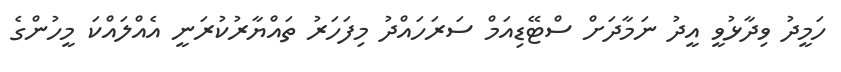
ހަމީދު ވިދާޅުވީ އީދު ނަމާދަށް ސްޓޭޑިއަމް ސަރަހައްދު މިފަހަރު ތައްޔާރުކުރަނީ އެއްލައްކަ މީހުންގެ